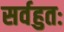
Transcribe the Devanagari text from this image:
सर्वहुतः